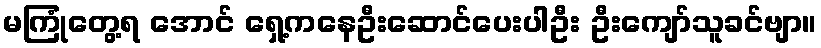
မကြုံတွေ့ရ အောင် ရှေ့ကနေဦးဆောင်ပေးပါဦး ဦးကျော်သူခင်ဗျာ။